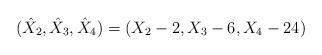
LaTeX: \begin{align*}(\hat{X}_2, \hat{X}_3, \hat{X}_4 ) = (X_2 - 2, X_3 -6, X_4 - 24)\end{align*}